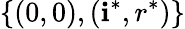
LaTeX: \{ (0,0),(\mathbf{i}^{*},r^{*})\}